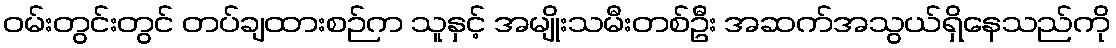
ဝမ်းတွင်းတွင် တပ်ချထားစဉ်က သူနှင့် အမျိုးသမီးတစ်ဦး အဆက်အသွယ်ရှိနေသည်ကို